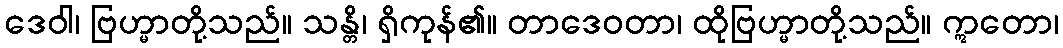
ဒေဝါ၊ ဗြဟ္မာတို့သည်။ သန္တိ၊ ရှိကုန်၏။ တာဒေဝတာ၊ ထိုဗြဟ္မာတို့သည်။ ဣတော၊